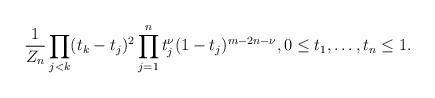
LaTeX: \begin{align*} \frac{1}{Z_n} \prod_{j<k} (t_k-t_j)^2 \prod_{j=1}^n t_j^{\nu} (1-t_j)^{m-2n-\nu},0 \leq t_1, \ldots, t_n \leq 1. \end{align*}